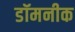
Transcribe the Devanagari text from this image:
डॉमनीक